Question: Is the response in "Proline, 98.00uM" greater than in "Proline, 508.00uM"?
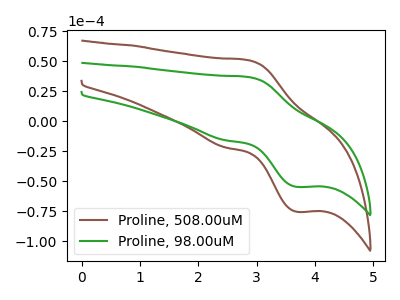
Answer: <think>The brown curve "Proline, 508.00uM" has an anodic peak at (2.85V, 51.05uA) and a cathodic peak at (3.70V, -75.45uA). The green curve "Proline, 98.00uM" has an anodic peak at (2.85V, 36.95uA) and a cathodic peak at (3.70V, -54.65uA).
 All the peaks in "Proline, 98.00uM" have a peak in "Proline, 508.00uM" at the same potential. Every peak in "Proline, 98.00uM" is lower than every peak in "Proline, 508.00uM".</think>
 <answer>"Proline, 98.00uM" has less signal than "Proline, 508.00uM".</answer>
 <eval>less_signal</eval>